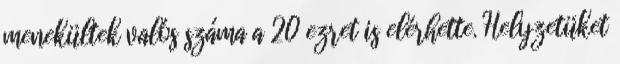
menekültek valós száma a 20 ezret is elérhette. Helyzetüket